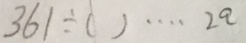
3 6 1 \div ( ) \cdots 2 a